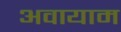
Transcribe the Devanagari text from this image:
अवायाम